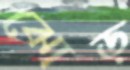
ঝোড়